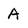
Character: A